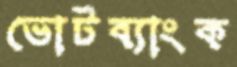
ভোটব্যাংক